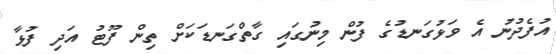
އުފެދުނު އެ ވަޅުގަނޑުގެ ފުން މިނުގައި ގާތްގަނޑަކަށް ތިން ފޫޓު އަދި ފުޅާ